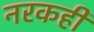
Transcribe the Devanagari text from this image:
नरकही